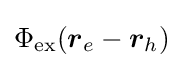
\Phi _{\rm {ex}}({\boldsymbol {r}}_{e}-{\boldsymbol {r}}_{h})